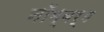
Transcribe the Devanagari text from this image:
नॉम्बर्ग